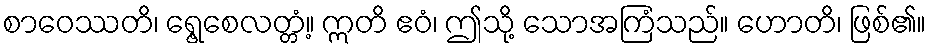
စာဝေဿတိ၊ ရွေ့စေလတ္တံ့။ ဣတိ ဧဝံ၊ ဤသို့ သောအကြံသည်။ ဟောတိ၊ ဖြစ်၏။